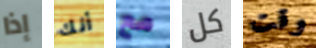
إذا أنك مع كل وقت